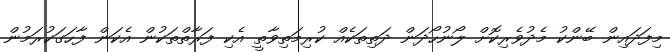
މިފަދައިން ބޭންކު މެދުވެރިކޮށް ލޯނުހޯދަން ދަތިތަކެއް ކުރިމަތިވާތީ އެކި ފަރާތްތަކުން އެކަން ފާހަގަކުރަމުން